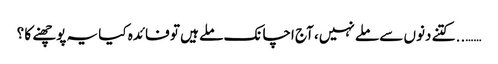
…….. کتنے دنوں سے ملے نہیں، آج اچانک ملے ہیں تو فائدہ کیا یہ پوچھنے کا ؟